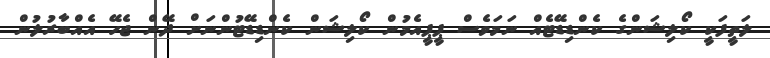
ލަތީފަކީ ކޯލިޝަންގެ ކެންޑިޑޭޓެއް ނަމަވެސް ޕީޕީއެމުން ކޯލިޝަން ކެންޑިޑޭޓުންނަށް ދޭން ޖެހޭ އެއްބާރުލުން